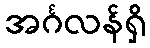
အင်္ဂလန်ရှိ